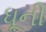
ધૂની